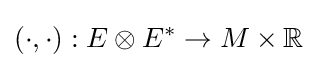
(\cdot ,\cdot ):E\otimes E^{*}\to M\times \mathbb {R}